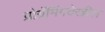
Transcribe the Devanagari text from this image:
प्रोग्रॅमिंगदेखील